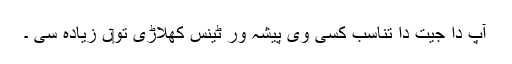
آپ دا جیت دا تناسب کسی وی پیشہ ور ٹینس کھلاڑی تو‏ں زیادہ سی ۔